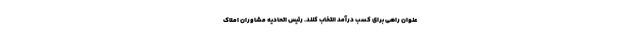
عنوان راهی برای کسب درآمد انتخاب کنند. رئیس اتحادیه مشاوران املاک